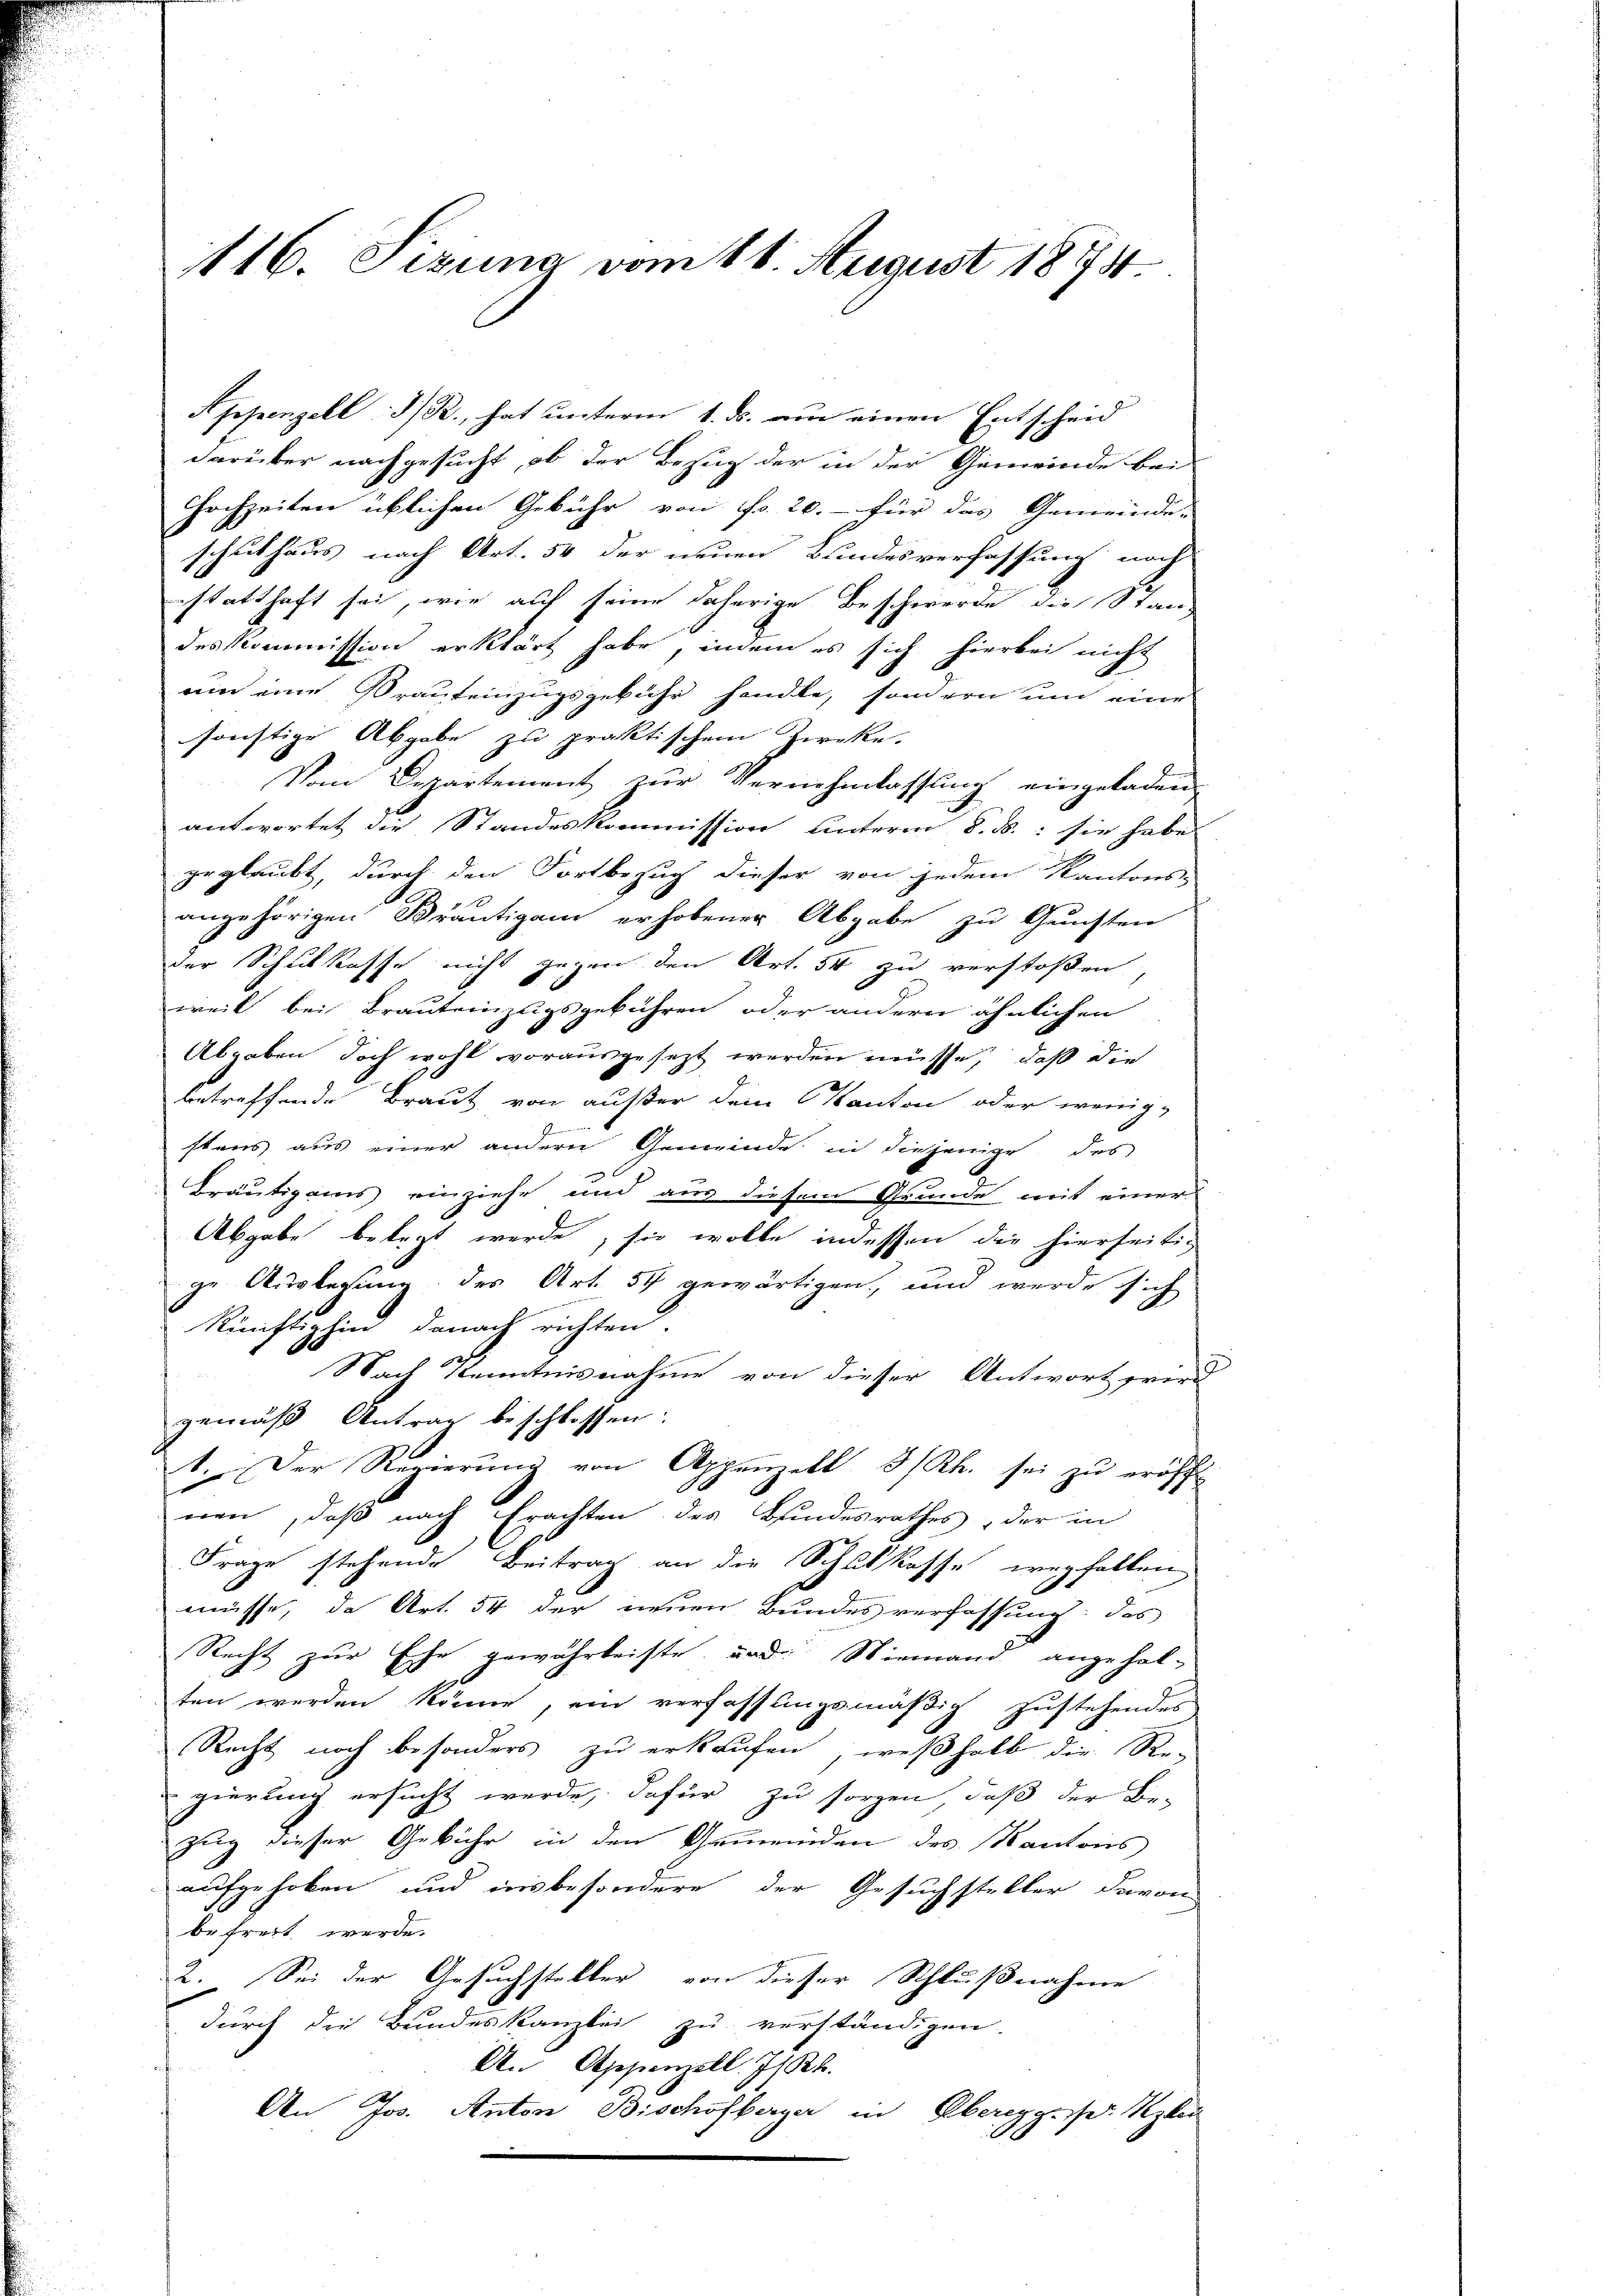
116. Sizung vom 16. August 1874

Appenzell I/R., hat unterm 1. ds. am einen Entscheid
darüber nachgesucht, ob der Bezug der in der Gemeinde be-
Hochzeiten üblichen Gebühr von Fr. 20.- für das Gemeinde-
schulhaus nach Art. 54 der neuen Bundesverfassung nach
statthaft sei, wie auf seine daherige Beschwerde die Standes Kommission erklärt habe, indem es sich hierbei nicht
um eine Brauteinzugsgebühr handle, sondern um eine
sonstige Abgabe zu praktischem Zwecke.
Vom Departement zur Vernehmlassung eingeladen,
antwortet die Standeskommission unterm 8. ds.: sie habe
geglaubt, durch den Fortbezug dieser von jedem Kantons-
angehörigen Bräutigam erhobener Abgabe zu Gunsten
der Schulkasse nicht gegen den Art. 54 zu verstoßen,
weil bei Brauteinzugsgebühren oder andern ähnlichen
Abgaben doch wohl vorausgesezt werden müsse, daß die
betreffende Braut von außer dem Kanton oder wenig-
e
stens aus einer andern Gemeinde in diejenige des
Bräutigams einziehe und aus diesem Grunde mit einer
Abgabe belegt werde, sie wolle indessen die hierseitig
e
ge Auslegung des Art. 54 gewärtigen, und werde sich
künftighin danach richten.
Nach Kenntnisnahme von dieser Antwort werd
gemäß Antrag beschlossen:
1. Der Regierung von Appenzell I/Rh. sei zu eröff
nen, daß nach Erachten des Bundesrathes, der in
Frage stehende Beitrag an die Schulkasse wegfallen
müsse, da Art. 54 der neuen Bundesverfassung: des
Recht zur Ehe gewährleiste, und Niemand angehal-
ten werden könne, ein verfassungsmäßig zustehendes
Recht noch besonders zu erkaufen, weßhalb die Re-
gierung ersucht werde, dafür zu sorgen, daß der Be-
Zug dieser Gebühr in den Gemeinden des Kantons
aufgehoben und insbesondere der Gesuchsteller davon
befreit werde.
2. Sei der Gesuchsteller von dieser Schlußnahme
durch die Bundeskanzlei zu verständigen.
A. Appenzell. Js. B.
An Jos. Anton Bischofberger in Obereggesser Rezen